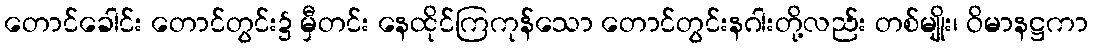
တောင်ခေါင်း တောင်တွင်း၌ မှီတင်း နေထိုင်ကြကုန်သော တောင်တွင်းနဂါးတို့လည်း တစ်မျိုး၊ ဝိမာနဋ္ဌကာ